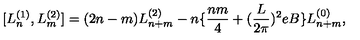
[ L _ { n } ^ { ( 1 ) } , L _ { m } ^ { ( 2 ) } ] = ( 2 n - m ) L _ { n + m } ^ { ( 2 ) } - n \{ \frac { n m } { 4 } + ( \frac { L } { 2 \pi } ) ^ { 2 } e B \} L _ { n + m } ^ { ( 0 ) } ,